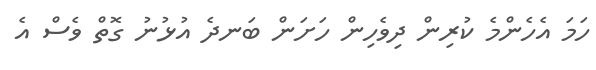
ހަމަ އެހެންމެ ކުރިން ދިވެހިން ހަށަން ބަނދެ އުޅުނު ގޮތް ވެސް އެ